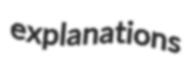
explanations